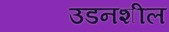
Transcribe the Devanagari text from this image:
उडनशील